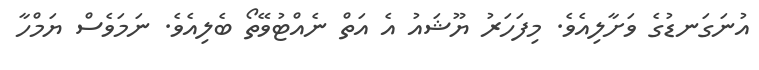
އުނަގަނޑުގެ ވަށާލިއެވެ. މިފަހަރު ޔޫޝައު އެ އަތް ނެއްޓުވޭތޯ ބެލިއެވެ. ނަމަވެސް ޔަމްހާ